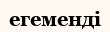
егеменді